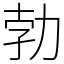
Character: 勃